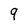
Character: 9